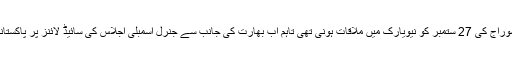
باور رہے کہ شاہ محمود قریشی اور سشما سوراج کی 27 ستمبر کو نیویارک میں ملاقات ہونی تھی تاہم اب بھارت کی جانب سے جنرل اسمبلی اجلاس کی سائیڈ لائنز پر پاکستانی وفد سے ملاقات سے انکار کردیا گیا ہے۔